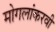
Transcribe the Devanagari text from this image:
मोगलांकरवी